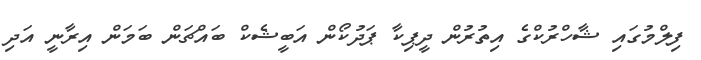
ފިލްމުގައި ޝާހްރުކްގެ އިތުރުން ދީޕިކާ ޕަދުކޯން އަބީޝެކް ބައްޗަން ބަމަން އިރާނީ އަދި